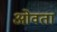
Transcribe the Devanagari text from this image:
ओवता